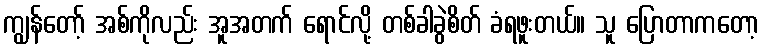
ကျွန်တော့် အစ်ကိုလည်း အူအတက် ရောင်လို့ တစ်ခါခွဲစိတ် ခံရဖူးတယ်။ သူ ပြောတာကတော့